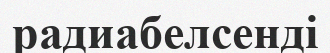
радиабелсенді